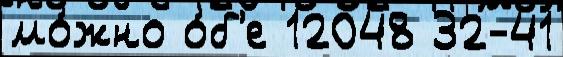
мо́жно о́б'е 12048 32-41